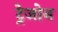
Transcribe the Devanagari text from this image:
ट्रेजोन